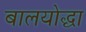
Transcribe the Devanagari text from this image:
बालयोद्धा